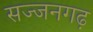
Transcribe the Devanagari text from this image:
सज्‍जनगढ़